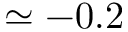
\simeq - 0 . 2